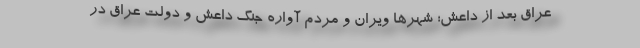
عراق بعد از داعش؛ شهرها ویران و مردم آواره جنگ داعش و دولت عراق در